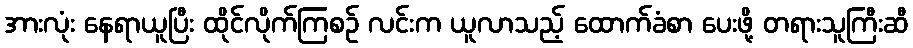
အားလုံး နေရာယူပြီး ထိုင်လိုက်ကြစဉ် လင်းက ယူလာသည့် ထောက်ခံစာ ပေးဖို့ တရားသူကြီးဆီ